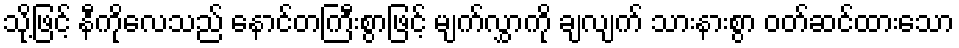
သို့ဖြင့် နီကိုလေသည် နောင်တကြီးစွာဖြင့် မျက်လွှာကို ချလျက် သားနားစွာ ဝတ်ဆင်ထားသော